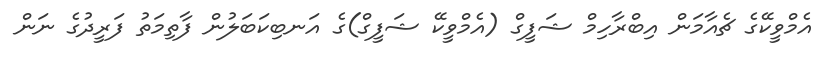
އެމްވީކޭގެ ޗެއާމަން އިބްރާހިމް ޝަފީގް (އެމްވީކޭ ޝަފީގް)ގެ އަނބިކަބަލުން ފާތިމަތު ފަރީދުގެ ނަން